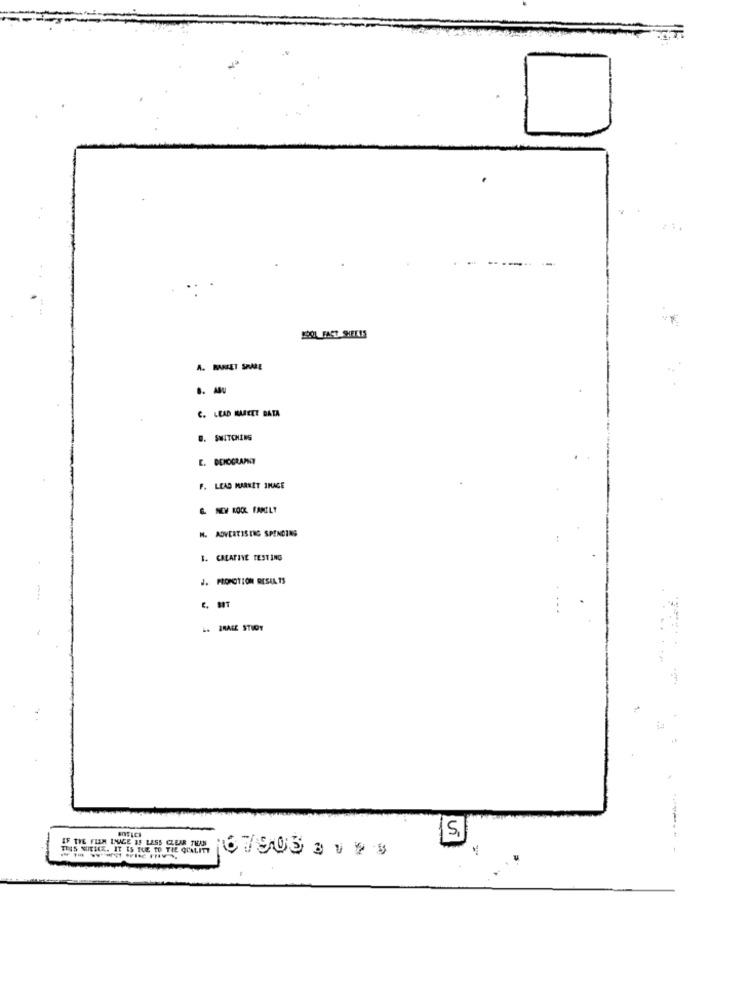
ART SALE
C. LEAD MAREET DATA
.. SWITCHING
F. LEAD MARKET IMAGE
M. ADVERTISTIG SPENDING
B. CREATINE TESTING
J. PROPOTION RESULTS
IMAGE STUDY
IF THE FLEM IMAGE BE LESS CLEAR THAN
5,
TRES NUESEE. IT IS DUE TO THE QUALITY
--------
167903 3198